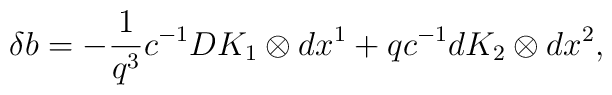
\delta b=-\frac{1}{q^3}c^{-1}DK_{1}\otimes dx^1+qc^{-1}dK_{2}\otimes dx^2,